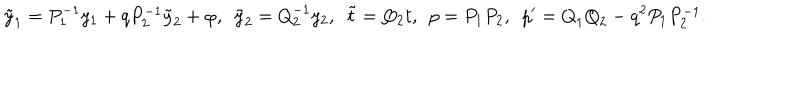
\tilde { y } _ { 1 } = { { P } _ { 1 } ^ { - 1 } } y _ { 1 } + { q P _ { 2 } ^ { - 1 } } \tilde { y } _ { 2 } + \varphi , \ \ \tilde { y } _ { 2 } = { { Q } _ { 2 } ^ { - 1 } } y _ { 2 } , \ \ \tilde { t } = Q _ { 2 } t , \ \ p = { P } _ { 1 } { P } _ { 2 } , \ \ p ^ { \prime } = { Q } _ { 1 } { Q } _ { 2 } - q ^ { 2 } { P _ { 1 } P _ { 2 } ^ { - 1 } } .